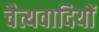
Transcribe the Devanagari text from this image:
चैत्यवादियों